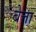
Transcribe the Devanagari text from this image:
बेत्ता